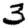
Digit: 3